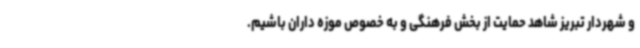
و شهردار تبریز شاهد حمایت از بخش فرهنگی و به خصوص موزه داران باشیم.